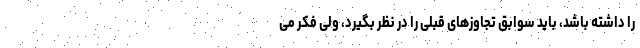
را داشته باشد، باید سوابق تجاوزهای قبلی را در نظر بگیرد، ولی فکر می